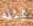
ممثله